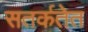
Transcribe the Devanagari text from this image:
सतर्कतेत